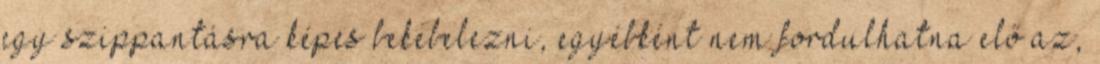
egy szippantásra képes bekebelezni, egyébként nem fordulhatna elő az,